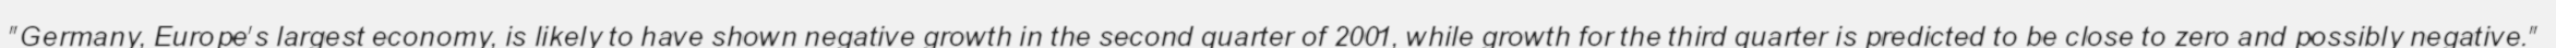
"Germany, Europe's largest economy, is likely to have shown negative growth in the second quarter of 2001, while growth for the third quarter is predicted to be close to zero and possibly negative."